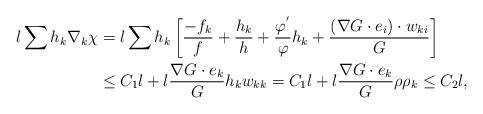
LaTeX: \begin{align*}l\sum h_{k}\nabla_{k}\chi&=l\sum h_{k}\left[\frac{-f_{k}}{f}+\frac{h_{k}}{h}+\frac{\varphi^{'}}{\varphi}h_{k}+\frac{(\nabla G\cdot e_{i})\cdot w_{ki}}{G}\right]\\&\leq C_{1}l+l\frac{\nabla G\cdot e_{k}}{G} h_{k}w_{kk}=C_{1}l+l\frac{\nabla G\cdot e_{k}}{G} \rho \rho_{k}\leq C_{2}l,\end{align*}